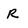
Character: r